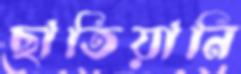
ছাতিয়ানি